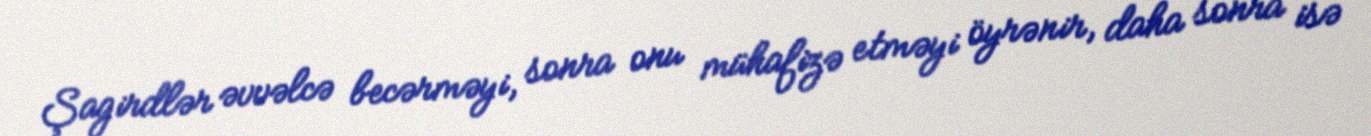
Şagirdlər əvvəlcə becərməyi, sonra onu mühafizə etməyi öyrənir, daha sonra isə